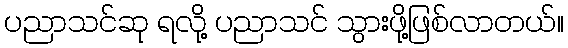
ပညာသင်ဆု ရလို့ ပညာသင် သွားဖို့ဖြစ်လာတယ်။